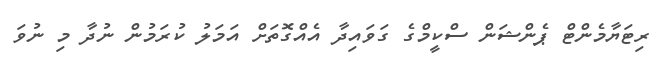
ރިޓަޔާމެންޓް ޕެންޝަން ސްކީމްގެ ގަވައިދާ އެއްގޮތަށް އަމަލު ކުރަމުން ނުދާ މި ނުވަ